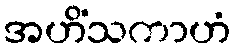
အဟိံသကာဟံ